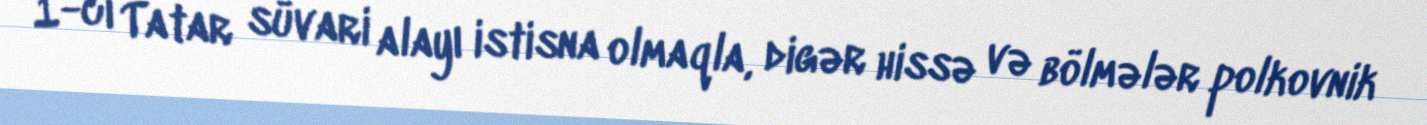
1-ci Tatar süvari alayı istisna olmaqla, digər hissə və bölmələr polkovnik